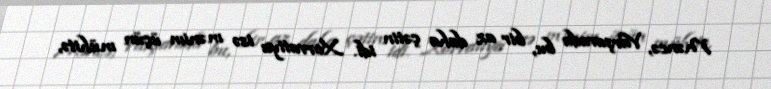
Məncə, Varşavada bu, bir az daha çətin idi. Xorvatiya isə mənim üçün mühitə,